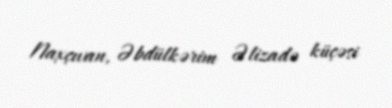
Naxçıvan, Əbdülkərim Əlizadə küçəsi